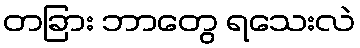
တခြား ဘာတွေ ရသေးလဲ